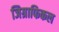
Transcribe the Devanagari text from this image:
जिग्राफिकल